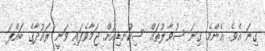
ގިނަ އެވެ. އެންމެ ގިނަ ސުވާލުތައް ސިކުނޑިއަށް ޖަމާވެފައި ވަނީ ރައުދާގެ ބައްޕަ